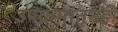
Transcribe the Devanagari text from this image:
उपक्रमांतूनही